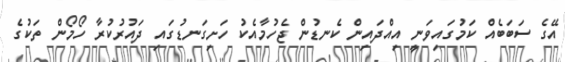
އޭގެ ސަބަބެއް ކަމުގައިވަނީ އިއްދައިން ކެނޑުން ޖެހުމާއެކު ހަށިގަނޑުގައި ދައުރުކުރާ ހޯމޯން ތަކުގެ